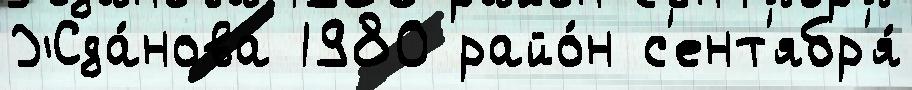
Жда́нова 1980 райо́н с'ент'ябр'я́